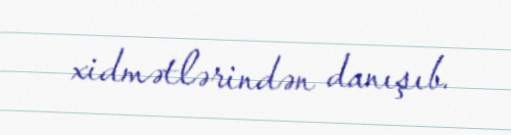
xidmətlərindən danışıb.